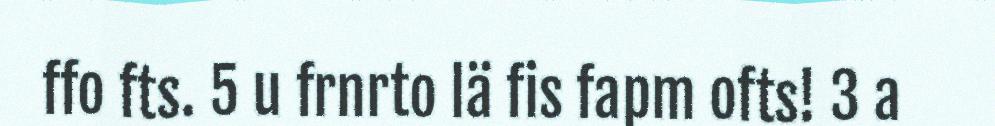
ffo fts. 5 u frnrto lä fis fapm ofts! 3 a